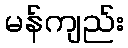
မန်ကျည်း